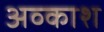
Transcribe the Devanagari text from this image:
अव्काश